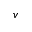
v